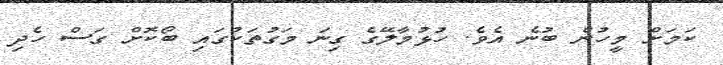
ކަމަށް މީހުން ބުނެ އެވެ. ހުޅުމާލޭގެ ގިނަ މަގުތަކުގައި ބޯކޮށް ގަސް ހެދި